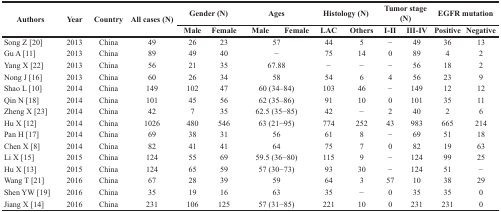
<table><thead><tr><td rowspan="2"><b>Authors</b></td><td rowspan="2"><b>Year</b></td><td rowspan="2"><b>Country</b></td><td rowspan="2"><b>All cases (N)</b></td><td colspan="2"><b>Gender (N)</b></td><td colspan="2"><b>Ages</b></td><td colspan="2"><b>Histology (N)</b></td><td colspan="2"><b>Tumor stage (N)</b></td><td colspan="2"><b>EGFR mutation</b></td></tr><tr><td><b>Male</b></td><td><b>Female</b></td><td><b>Male</b></td><td><b>Female</b></td><td><b>LAC</b></td><td><b>Others</b></td><td><b>I-II</b></td><td><b>III-IV</b></td><td><b>Positive</b></td><td><b>Negative</b></td></tr></thead><tbody><tr><td>Song Z [20]</td><td>2013</td><td>China</td><td>49</td><td>26</td><td>23</td><td colspan="2">57</td><td>44</td><td>5</td><td>−</td><td>49</td><td>36</td><td>13</td></tr><tr><td>Gu A [11]</td><td>2013</td><td>China</td><td>89</td><td>49</td><td>40</td><td colspan="2">−</td><td>75</td><td>14</td><td>0</td><td>89</td><td>4</td><td>2</td></tr><tr><td>Yang X [22]</td><td>2013</td><td>China</td><td>56</td><td>21</td><td>35</td><td colspan="2">67.88</td><td>−</td><td>−</td><td>−</td><td>56</td><td>18</td><td>2</td></tr><tr><td>Nong J [16]</td><td>2013</td><td>China</td><td>60</td><td>26</td><td>34</td><td colspan="2">58</td><td>54</td><td>6</td><td>4</td><td>56</td><td>23</td><td>9</td></tr><tr><td>Shao L [10]</td><td>2014</td><td>China</td><td>149</td><td>102</td><td>47</td><td colspan="2">60 (34–84)</td><td>103</td><td>46</td><td>−</td><td>149</td><td>12</td><td>12</td></tr><tr><td>Qin N [18]</td><td>2014</td><td>China</td><td>101</td><td>45</td><td>56</td><td colspan="2">62 (35–86)</td><td>91</td><td>10</td><td>0</td><td>101</td><td>35</td><td>11</td></tr><tr><td>Zheng X [23]</td><td>2014</td><td>China</td><td>42</td><td>7</td><td>35</td><td colspan="2">62.5 (35−85)</td><td>42</td><td>−</td><td>2</td><td>40</td><td>2</td><td>6</td></tr><tr><td>Hu X [12]</td><td>2014</td><td>China</td><td>1026</td><td>480</td><td>546</td><td colspan="2">63 (21−95)</td><td>774</td><td>252</td><td>43</td><td>983</td><td>665</td><td>214</td></tr><tr><td>Pan H [17]</td><td>2014</td><td>China</td><td>69</td><td>38</td><td>31</td><td colspan="2">56</td><td>61</td><td>8</td><td>−</td><td>69</td><td>51</td><td>18</td></tr><tr><td>Chen X [8]</td><td>2014</td><td>China</td><td>82</td><td>41</td><td>41</td><td colspan="2">64</td><td>75</td><td>7</td><td>0</td><td>82</td><td>19</td><td>63</td></tr><tr><td>Li X [15]</td><td>2015</td><td>China</td><td>124</td><td>55</td><td>69</td><td colspan="2">59.5 (36−80)</td><td>115</td><td>9</td><td>−</td><td>124</td><td>99</td><td>25</td></tr><tr><td>Hu X [13]</td><td>2015</td><td>China</td><td>124</td><td>65</td><td>59</td><td colspan="2">57 (30−73)</td><td>93</td><td>30</td><td>−</td><td>124</td><td>51</td><td>−</td></tr><tr><td>Wang T [21]</td><td>2016</td><td>China</td><td>67</td><td>28</td><td>39</td><td colspan="2">59</td><td>64</td><td>3</td><td>57</td><td>10</td><td>38</td><td>29</td></tr><tr><td>Shen YW [19]</td><td>2016</td><td>China</td><td>35</td><td>19</td><td>16</td><td colspan="2">63</td><td>35</td><td>−</td><td>0</td><td>35</td><td>35</td><td>0</td></tr><tr><td>Jiang X [14]</td><td>2016</td><td>China</td><td>231</td><td>106</td><td>125</td><td colspan="2">57 (31−85)</td><td>221</td><td>10</td><td>0</td><td>231</td><td>231</td><td>0</td></tr></tbody></table>